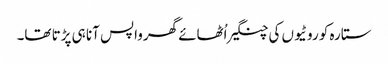
ستارہ کو روٹیوں کی چنگیر اُٹھائے گھرواپس آنا ہی پڑتا تھا۔